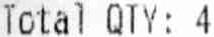
TOTAL QTY: 4